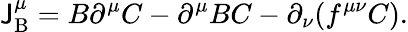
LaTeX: \mathsf{J}_{\mathrm{{B}}}^{\mu}=B\partial^{\mu}C-\partial^{\mu}BC-\partial_{\nu}(f^{\mu\nu}C).